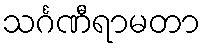
သင်္ဂဏီရာမတာ